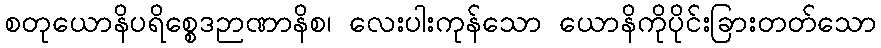
စတုယောနိပရိစ္စေဒဉာဏာနိစ၊ လေးပါးကုန်သော ယောနိကိုပိုင်းခြားတတ်သော